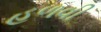
હળવી